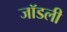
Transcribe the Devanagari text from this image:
जॉडली